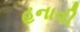
હનાવી